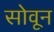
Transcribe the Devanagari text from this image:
सोवून